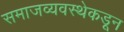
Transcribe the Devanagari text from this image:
समाजव्यवस्थेकडून